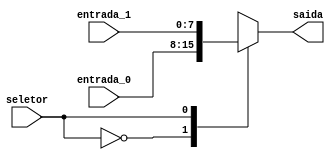
module mux_2x1(
  entrada_0,
  entrada_1,
  seletor,
  saida
);

input wire [7:0] entrada_0;
input wire [7:0] entrada_1;
input wire 		 seletor;
output reg [7:0] saida;

always @ (*) begin
  case (seletor)
    0:begin
      saida = entrada_0;
    end
    1:begin
      saida = entrada_1;
    end
  endcase
end

endmodule